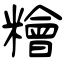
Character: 糩